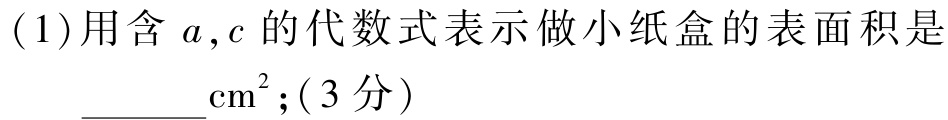
(1)用含 \(a,c\) 的代数式表示做小纸盒的表面积是 \(\underline{\quad\quad}\mathrm{cm}^{2};(3分)\)